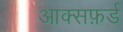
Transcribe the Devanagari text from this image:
आक्सफ़र्ड